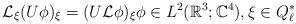
LaTeX: \begin{align*}\mathcal{L}_\xi(U\phi)_\xi=(U \mathcal{L}\phi)_\xi \phi \in L^2(\mathbb{R}^3;\mathbb{C}^4), \xi\in Q_\ell^*\end{align*}